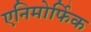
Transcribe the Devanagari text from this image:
एनिमोर्फिक